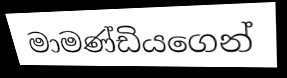
මාමණ්ඩියගෙන්